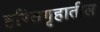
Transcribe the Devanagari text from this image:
हरितगृहातील